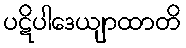
ပဋိပါဒေယျာထာတိ